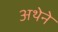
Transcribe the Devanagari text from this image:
अथेने